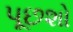
પૂછશો